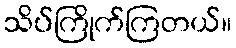
သိပ်ကြိုက်ကြတယ်။